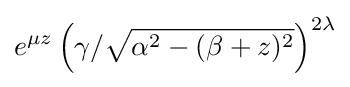
e^{\mu z}\left(\gamma /{\sqrt {\alpha ^{2}-(\beta +z)^{2}}}\right)^{2\lambda }